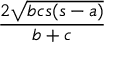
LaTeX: \frac { 2 { \sqrt { b c s ( s - a ) } } } { b + c }